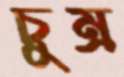
চুম্‌র